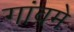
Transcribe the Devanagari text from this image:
गांवमे